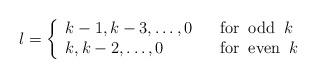
LaTeX: \begin{align*}l= \left\{ \begin{array}{ll} k-1,k-3,\ldots,0&\;\;\;{\rm for\;\; odd\;\;}k\\ k,k-2,\ldots,0&\;\;\;{\rm for\;\; even\;\;}k\end{array} \right. \end{align*}